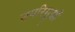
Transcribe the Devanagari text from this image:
उपरिमुखी